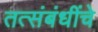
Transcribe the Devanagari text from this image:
तत्संबंधींचे